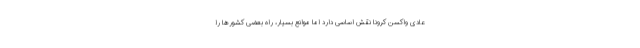
عادی واکسن کرونا نقش اساسی دارد اما موانع بسیار، راه بعضی کشورها را